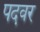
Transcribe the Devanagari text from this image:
पदवर